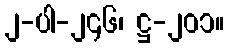
၂-ပါ-၂၄၆၊ ဋ္ဌ-၂၀၁။